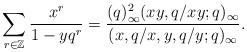
LaTeX: \begin{align*}\sum_{r\in \mathbb{Z}}\frac{x^r}{1-yq^{r}}=\frac{(q)_{\infty}^2(xy,q/xy;q)_{\infty}}{(x,q/x,y,q/y;q)_{\infty}}.\end{align*}